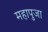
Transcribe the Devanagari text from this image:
महापुजा